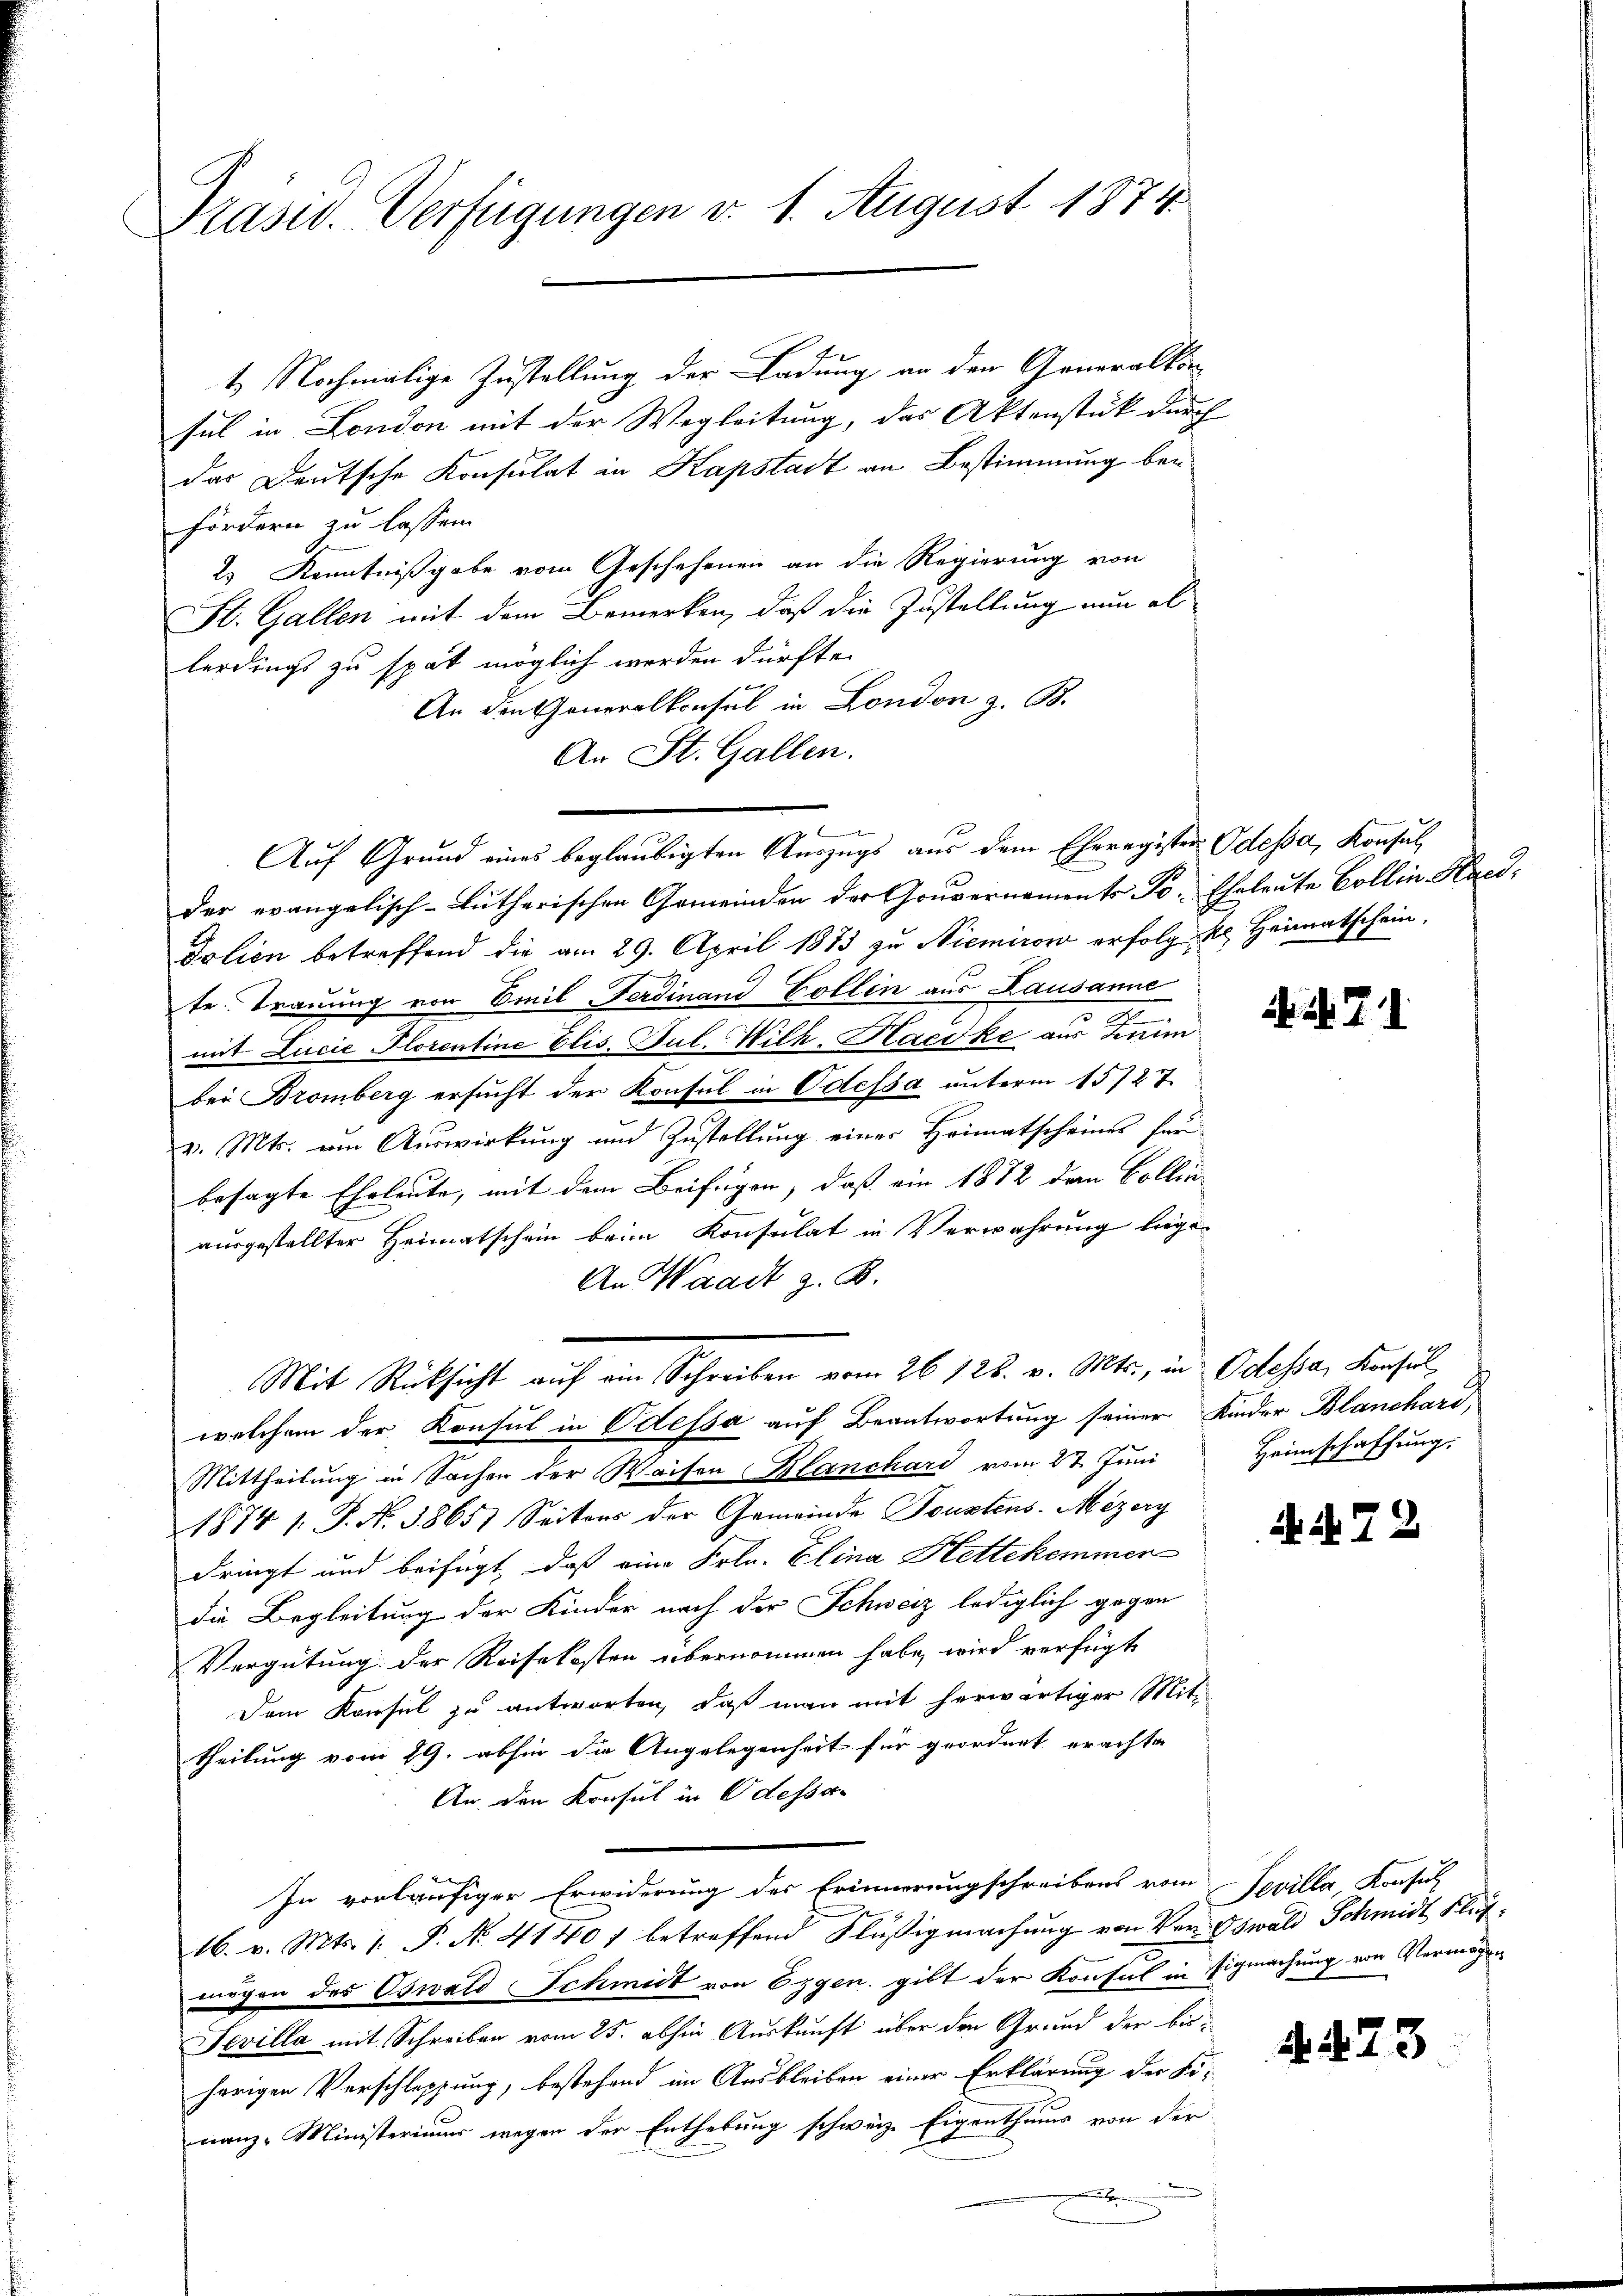
Präsid. Verfügungen v. 1. August 1874

t. Nochmalige Zustellung der Ladung an den Generalkon
sul in London mit der Wegleitung, das Aktenstück durch
F
das Deutsche Konsulat in Kapstadt an Bestimmung befördern zu lassen.
2s Kenntnißgabe vom Geschehenen an die Regierung von
St. Gallen mit dem Bemerken, daß die Zustellung nun al
lerdings zu spät möglich werden dürfte.
An den Generalkonsul in London z. B.
An St. Gallen.
d
Auf Grund eines beglaubigten Auszugs aus dem Eheregister Odessa, Konsul,
der evangelisch-lutherischen Gemeinden der Gouvernaments Po. Eheleute Collin. Haeddolien betreffend die am 29. April 1873 zu Niemirow erfolg kl. Heimatschein,
te. Trauung von Emil Ferdinand Collin aus Lausanne
2
mit Lucie Florentine Elis. Jul. Wilh. Haecke aus Zenim
bei Bromberg ersucht der Konsul in Odessa unterm 15127.
v. Mts. um Auswirkung und Zustellung einer Heimatscheiner für
besagte Eheleute, mit dem Beifügen, daß ein 1872 den Collinausgestellter Heimatschein beim Konsulat in Verwahrung liege
An Waadt z. B.
Mit Rücksicht auf ein Schreiben vom 26. 128. v. Mts., in Odessa, Konsulwelchem der Konsul in Odessa auf Beantwortung seiner Kinder Blanchard,
Mittheilung in Sachen der Waisen Klanchard vom 27. Juni
1874 1. J. N. 3865) Seitens der Gemeinde Faustens-Mizerg
dringt und beifügt, daß eine Frln. Elina Kettekommer
die Begleitung der Kinder nach der Schweiz lediglich gegen
Vergütung der Reisekosten übernommen habe, wird verfügte
Dem Konsul zu antworten, daß man mit herwärtiger Mit-
theilung vom 29. abhin die Angelegenheit für geordnet erachten
An den Konsul in Odessar
In vorläufiger Erwiderung des Erinnerungschreibens vom
16. v. Mts. 1. P. No. 41401 betreffend Flüßigmachung von Ver-Oswald Schmidt, Flut
mögen des Oswald Schmidt von Eggen, gibt der Konsul in Sigmachung von Vermögen
Fevilla mit Schreiben vom 25. abhin Auskunft über den Grund der bisherigen Verschleppung, bestehend im Ausbleiben einer Erklärung der Fi-
nanz-Ministeriums wegen der Enthebung schweiz. Eigenthums von der
i

71

Heimschaffung.

k.72

Sevilla Konsul

A 473